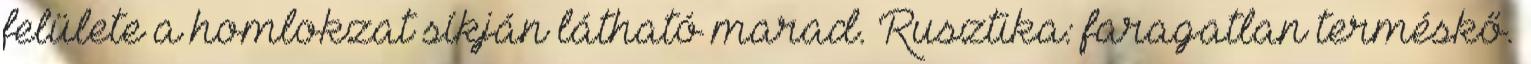
felülete a homlokzat síkján látható marad. Rusztika: faragatlan terméskő.